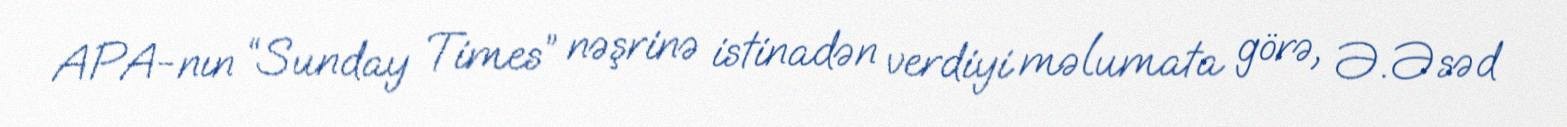
APA-nın “Sunday Times” nəşrinə istinadən verdiyi məlumata görə, Ə. Əsəd